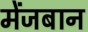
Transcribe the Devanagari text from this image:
मेंजबान